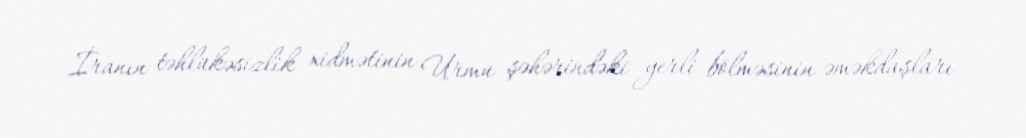
İranın təhlükəsizlik xidmətinin Urmu şəhərindəki yerli bölməsinin əməkdaşları